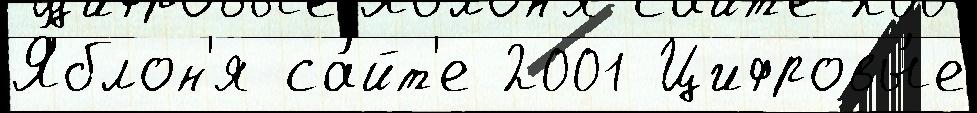
Я́блон'я са́йт'е 2001 Цифровы́е